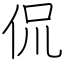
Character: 侃